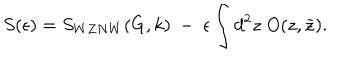
S ( \epsilon ) = S _ { W Z N W } ( G , k ) ~ - ~ \epsilon \int d ^ { 2 } z \; O ( z , \bar { z } ) .